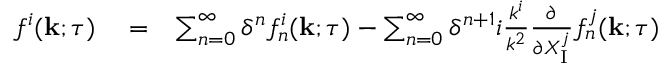
\begin{array} { r l r } { f ^ { i } ( { \bf { k } } ; \tau ) } & { { } = } & { \sum _ { n = 0 } ^ { \infty } \delta ^ { n } f _ { n } ^ { i } ( { \bf { k } } ; \tau ) - \sum _ { n = 0 } ^ { \infty } \delta ^ { n + 1 } i \frac { k ^ { i } } { k ^ { 2 } } \frac { \partial } { \partial X _ { \mathrm { { I } } } ^ { j } } f _ { n } ^ { j } ( { \bf { k } } ; \tau ) } \end{array}